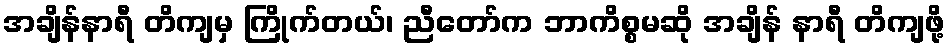
အချိန်နာရီ တိကျမှ ကြိုက်တယ်၊ ညီတော်က ဘာကိစ္စမဆို အချိန် နာရီ တိကျဖို့